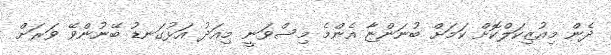
ދެން މިއުޒިކަލްކޮށް ކަމަށް ބުނަންޏާ އެންމެ މިސްވަނީ މިއަދު އަޅުގަނޑު ބޭނުންވޭ ވަރަށް